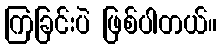
ကြခြင်းပဲ ဖြစ်ပါတယ်။